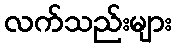
လက်သည်းများ